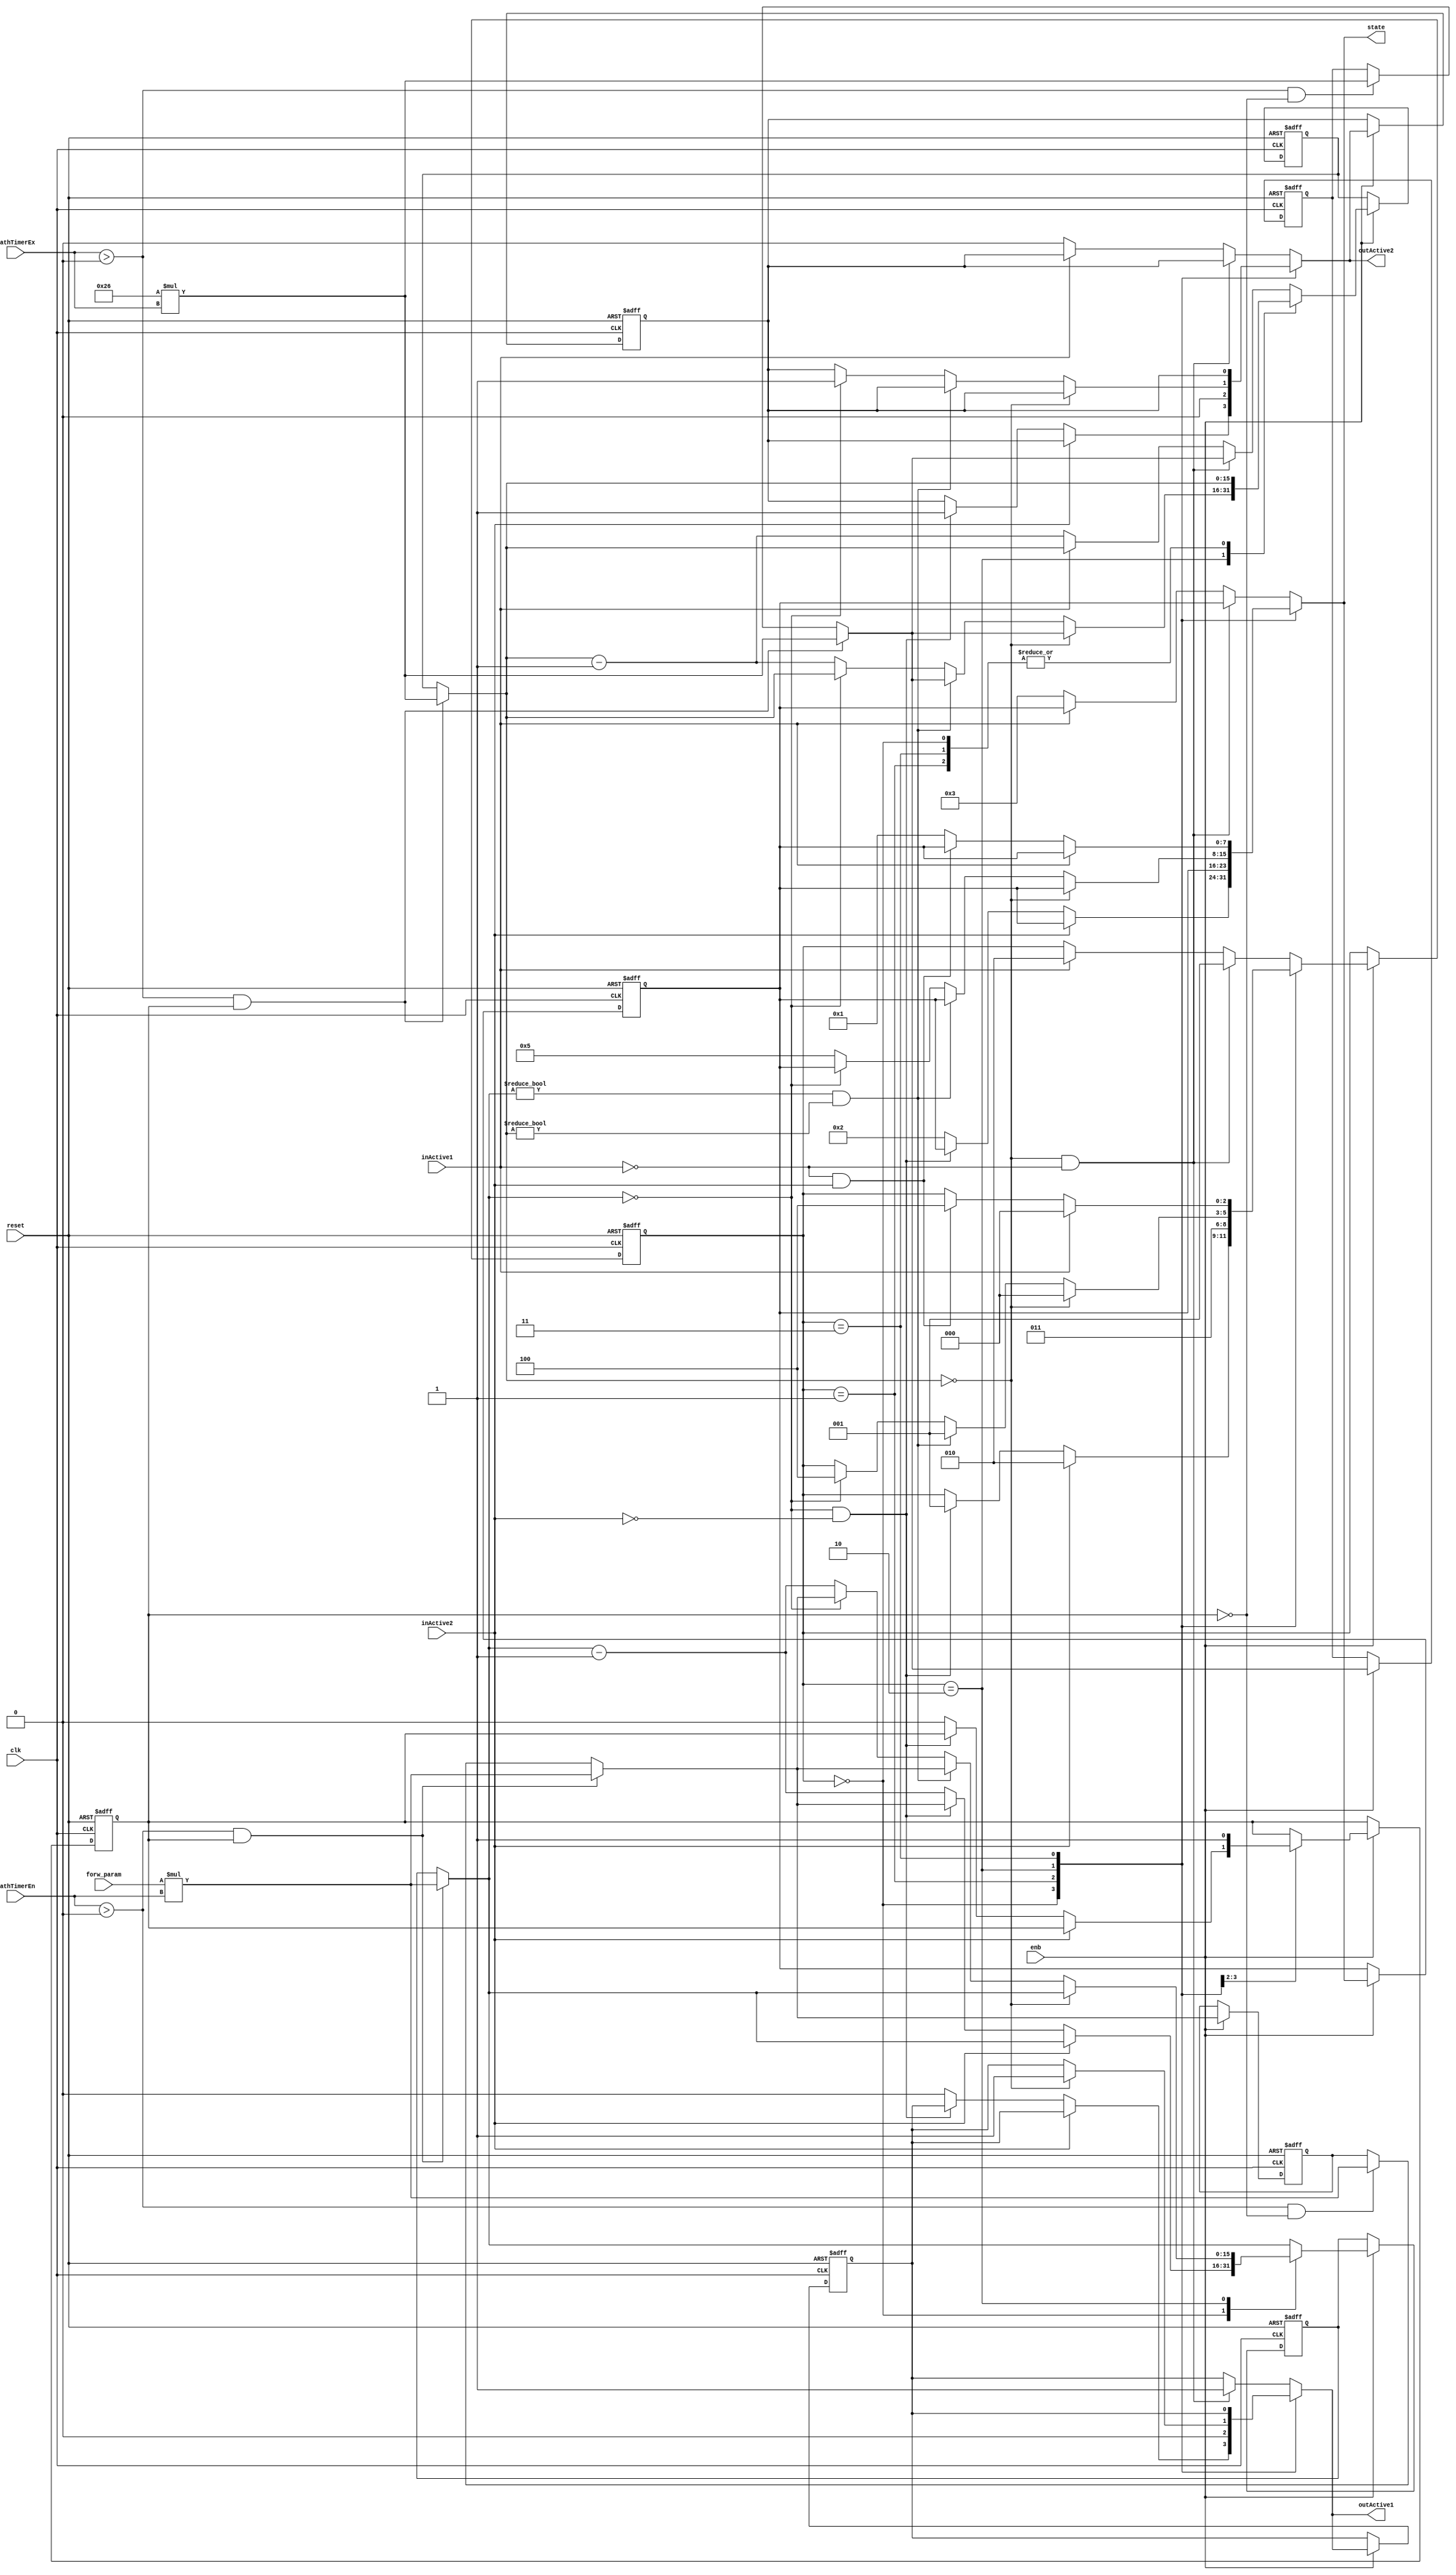
// -------------------------------------------------------------
// 
// 
// Generated by MATLAB 9.0 and HDL Coder 3.8
// 
// -------------------------------------------------------------


// -------------------------------------------------------------
// 
// Module: path_aut_block5
// Source Path: case2mod_new/PA7_5to7/path_aut
// Hierarchy Level: 2
// 
// -------------------------------------------------------------

`timescale 1 ns / 1 ns

module path_aut_block5
          (
           clk,
           reset,
           enb,
           inActive1,
           inActive2,
           forw_param,
           pathTimerEn,
           pathTimerEx,
           outActive1,
           outActive2,
           state
          );


  input   clk;
  input   reset;
  input   enb;
  input   inActive1;
  input   inActive2;
  input   [15:0] forw_param;  // uint16
  input   [15:0] pathTimerEn;  // uint16
  input   [15:0] pathTimerEx;  // uint16
  output  outActive1;
  output  outActive2;
  output  [7:0] state;  // uint8

  parameter [15:0] bck_param = 38;  // uint16
  parameter is_PathAutomaton6_IN_AntegradeConduction = 3'd0, is_PathAutomaton6_IN_Conflict = 3'd1, is_PathAutomaton6_IN_Double = 3'd2, is_PathAutomaton6_IN_Idle = 3'd3, is_PathAutomaton6_IN_RetrogradeConduction = 3'd4;

  reg [2:0] is_PathAutomaton;  // uint8
  reg [15:0] forw_timer_cur;  // uint16
  reg [15:0] bck_timer_cur;  // uint16
  reg [15:0] bck_timer_def;  // uint16
  reg [15:0] forw_timer_def;  // uint16
  reg  idle_st;
  reg  outActive1_reg;
  reg  outActive2_reg;
  reg [7:0] state_reg;  // uint8
  reg [2:0] is_PathAutomaton_next;  // enum type is_PathAutomaton6 (5 enums)
  reg [15:0] forw_timer_cur_next;  // uint16
  reg [15:0] bck_timer_cur_next;  // uint16
  reg [15:0] bck_timer_def_next;  // uint16
  reg [15:0] forw_timer_def_next;  // uint16
  reg  idle_st_next;
  reg  outActive1_reg_next;
  reg  outActive2_reg_next;
  reg [7:0] state_reg_next;  // uint8
  reg [15:0] forw_timer_cur_temp;  // uint16
  reg [15:0] bck_timer_cur_temp;  // uint16
  reg [15:0] bck_timer_def_temp;  // uint16
  reg [15:0] forw_timer_def_temp;  // uint16
  reg [31:0] mul_temp;  // ufix32
  reg signed [31:0] cast;  // sfix32
  reg [31:0] mul_temp_0;  // ufix32
  reg signed [31:0] cast_0;  // sfix32
  reg [31:0] mul_temp_1;  // ufix32
  reg [31:0] mul_temp_2;  // ufix32


  always @(posedge clk or posedge reset)
    begin : SimpleModeling_c5_sgWaDJNI37SeTljw87P4QPF_path_aut_process
      if (reset == 1'b1) begin
        forw_timer_cur <= 16'd0;
        bck_timer_cur <= 16'd0;
        bck_timer_def <= 16'd0;
        forw_timer_def <= 16'd0;
        state_reg <= 8'd0;
        outActive1_reg <= 1'b0;
        outActive2_reg <= 1'b0;
        is_PathAutomaton <= is_PathAutomaton6_IN_Idle;
        idle_st <= 1'b1;
      end
      else begin
        if (enb) begin
          is_PathAutomaton <= is_PathAutomaton_next;
          forw_timer_cur <= forw_timer_cur_next;
          bck_timer_cur <= bck_timer_cur_next;
          bck_timer_def <= bck_timer_def_next;
          forw_timer_def <= forw_timer_def_next;
          idle_st <= idle_st_next;
          outActive1_reg <= outActive1_reg_next;
          outActive2_reg <= outActive2_reg_next;
          state_reg <= state_reg_next;
        end
      end
    end

  always @(is_PathAutomaton, forw_timer_cur, bck_timer_cur, inActive1, inActive2,
       bck_timer_def, forw_timer_def, forw_param, idle_st, pathTimerEn,
       pathTimerEx, outActive1_reg, outActive2_reg, state_reg) begin
    forw_timer_cur_temp = forw_timer_cur;
    bck_timer_cur_temp = bck_timer_cur;
    bck_timer_def_temp = bck_timer_def;
    forw_timer_def_temp = forw_timer_def;
    outActive1_reg_next = outActive1_reg;
    outActive2_reg_next = outActive2_reg;
    state_reg_next = state_reg;
    is_PathAutomaton_next = is_PathAutomaton;
    idle_st_next = idle_st;
    if ((pathTimerEn > 16'b0000000000000000) && idle_st) begin
      mul_temp = forw_param * pathTimerEn;
      cast = mul_temp;
      forw_timer_def_temp = cast[15:0];
      forw_timer_cur_temp = forw_timer_def_temp;
    end
    else if ((pathTimerEn > 16'b0000000000000000) &&  ! idle_st) begin
      mul_temp_0 = forw_param * pathTimerEn;
      cast_0 = mul_temp_0;
      forw_timer_def_temp = cast_0[15:0];
    end
    if ((pathTimerEx > 16'b0000000000000000) && idle_st) begin
      mul_temp_1 = bck_param * pathTimerEx;
      bck_timer_def_temp = mul_temp_1[15:0];
      bck_timer_cur_temp = bck_timer_def_temp;
    end
    else if ((pathTimerEx > 16'b0000000000000000) &&  ! idle_st) begin
      mul_temp_2 = bck_param * pathTimerEx;
      bck_timer_def_temp = mul_temp_2[15:0];
    end
    case ( is_PathAutomaton)
      is_PathAutomaton6_IN_AntegradeConduction :
        begin
          if (inActive2) begin
            is_PathAutomaton_next = is_PathAutomaton6_IN_Double;
          end
          else if ((forw_timer_cur_temp == 16'b0000000000000000) &&  ! inActive2) begin
            forw_timer_cur_temp = forw_timer_def_temp;
            outActive2_reg_next = 1'b1;
            is_PathAutomaton_next = is_PathAutomaton6_IN_Conflict;
          end
          else begin
            forw_timer_cur_temp = forw_timer_cur_temp - 16'd1;
            outActive1_reg_next = 1'b0;
            idle_st_next = 1'b0;
            state_reg_next = 8'd2;
          end
        end
      is_PathAutomaton6_IN_Conflict :
        begin
          outActive2_reg_next = 1'b0;
          outActive1_reg_next = 1'b0;
          is_PathAutomaton_next = is_PathAutomaton6_IN_Idle;
          idle_st_next = 1'b1;
        end
      is_PathAutomaton6_IN_Double :
        begin
          if (bck_timer_cur_temp == 16'b0000000000000000) begin
            bck_timer_cur_temp = bck_timer_def_temp;
            outActive1_reg_next = 1'b1;
            is_PathAutomaton_next = is_PathAutomaton6_IN_AntegradeConduction;
          end
          else if ((forw_timer_cur_temp != 16'b0000000000000000) && (bck_timer_cur_temp != 16'b0000000000000000)) begin
            forw_timer_cur_temp = forw_timer_def_temp;
            bck_timer_cur_temp = bck_timer_def_temp;
            is_PathAutomaton_next = is_PathAutomaton6_IN_Conflict;
          end
          else if (forw_timer_cur_temp == 16'b0000000000000000) begin
            forw_timer_cur_temp = forw_timer_def_temp;
            outActive2_reg_next = 1'b1;
            is_PathAutomaton_next = is_PathAutomaton6_IN_RetrogradeConduction;
          end
          else begin
            forw_timer_cur_temp = forw_timer_cur_temp - 16'b0000000000000001;
            bck_timer_cur_temp = bck_timer_cur_temp - 16'b0000000000000001;
            state_reg_next = 8'd5;
          end
        end
      is_PathAutomaton6_IN_Idle :
        begin
          if (inActive1) begin
            is_PathAutomaton_next = is_PathAutomaton6_IN_AntegradeConduction;
          end
          else if (( ! inActive1) && inActive2) begin
            is_PathAutomaton_next = is_PathAutomaton6_IN_RetrogradeConduction;
          end
          else begin
            state_reg_next = 8'd1;
          end
        end
      default :
        begin
          if ((bck_timer_cur_temp == 16'b0000000000000000) &&  ! inActive1) begin
            bck_timer_cur_temp = bck_timer_def_temp;
            outActive1_reg_next = 1'b1;
            is_PathAutomaton_next = is_PathAutomaton6_IN_Conflict;
          end
          else if (inActive1) begin
            is_PathAutomaton_next = is_PathAutomaton6_IN_Double;
          end
          else begin
            bck_timer_cur_temp = bck_timer_cur_temp - 16'd1;
            outActive2_reg_next = 1'b0;
            state_reg_next = 8'd3;
          end
        end
    endcase
    forw_timer_cur_next = forw_timer_cur_temp;
    bck_timer_cur_next = bck_timer_cur_temp;
    bck_timer_def_next = bck_timer_def_temp;
    forw_timer_def_next = forw_timer_def_temp;
  end

  assign outActive1 = outActive1_reg_next;
  assign outActive2 = outActive2_reg_next;
  assign state = state_reg_next;



endmodule  // path_aut_block5